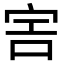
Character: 𡧱